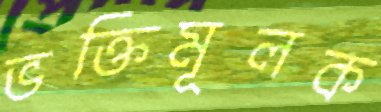
ভক্তিমূলক